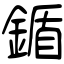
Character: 鍎